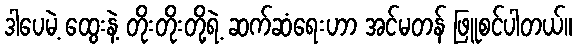
ဒါပေမဲ့ ထွေးနဲ့ တိုးတိုးတို့ရဲ့ ဆက်ဆံရေးဟာ အင်မတန် ဖြူစင်ပါတယ်။